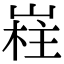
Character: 嵀